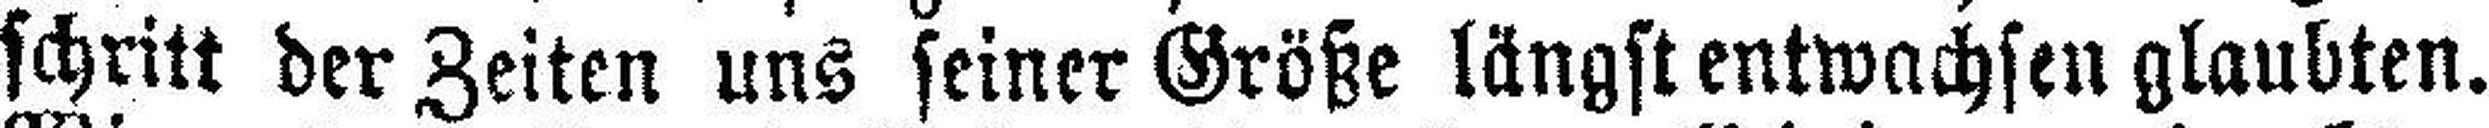
schritt der Zeiten uns seiner Größe längst entwachsen glaubten.